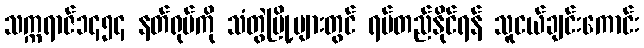
သက္ကရာဇ်၁၄၅၄ နတ်ရုပ်ကို သံတွဲမြို့များတွင် ရပ်တည်နိုင်ရန် သူငယ်ချင်းကောင်း